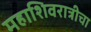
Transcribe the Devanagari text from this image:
महाशिवरात्रीचा